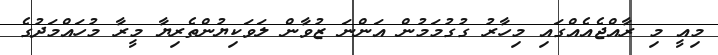
މިއީ މި ރާއްޖެއެއްގައި މިހާރު ގުގުމަމުން އަންނަ ޒުވާން ލަވަކިޔުންތެރިޔާ މީރާ މުހައްމަދުގެ